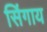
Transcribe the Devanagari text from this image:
सिंगाय